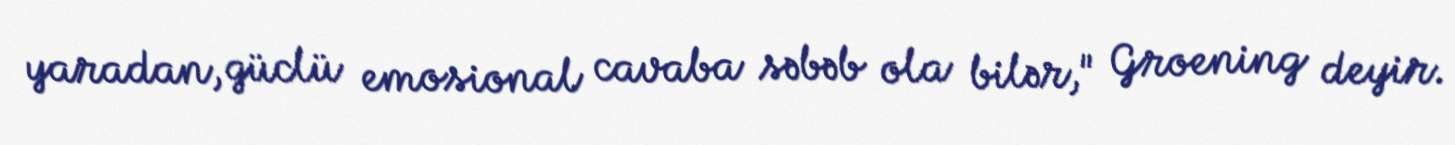
yaradan, güclü emosional cavaba səbəb ola bilər," Groening deyir.